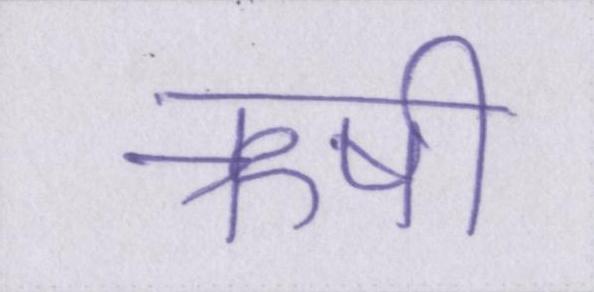
ऋषी